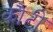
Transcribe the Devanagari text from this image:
कौटी